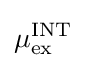
\mu _{\rm {ex}}^{\rm {INT}}